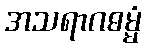
အသရာဂဓမ္မံ